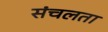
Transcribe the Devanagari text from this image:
संचलता